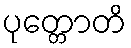
ပုတ္တောတိ